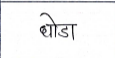
मजकूर: घोडा